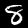
Label: 8